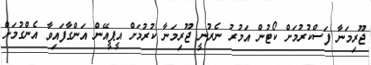
ޖޫރިމަނާ ފަސްކުރުމަށް ކޯޓުން އަމުރު ނެރުނީ ޖޫރިމަނާ ކުރުމަށް އީޕީއޭން އަންގާފައިވާ އެންގުމަށް